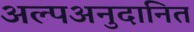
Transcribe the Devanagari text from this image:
अल्पअनुदानित